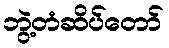
ဘွဲ့တံဆိပ်တော်